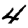
Digit: 4